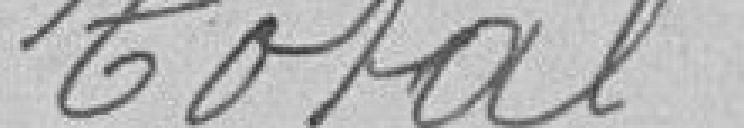
Total